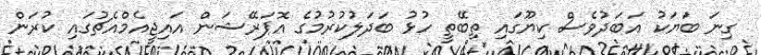
ގިނަ ބަޔަކު އަބަދުވެސް ކިޔޫގައި ތިބޭތީ ހުޅު ބަދަލުކުރުމުގެ އޮޕަރޭޝަން އައިޖީއެމްއެޗުގައި ކުރަން